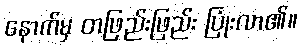
နောက်မှ တဖြည်းဖြည်း ပြုံးလာ၏။